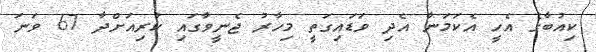
ކިއުބާގެ އެހީ އެކަމަނާ އެދި ވަޑައިގަތީ މިހާރު ޖެނީވާގައި ކުރިއަށްދާ 67 ވަނަ